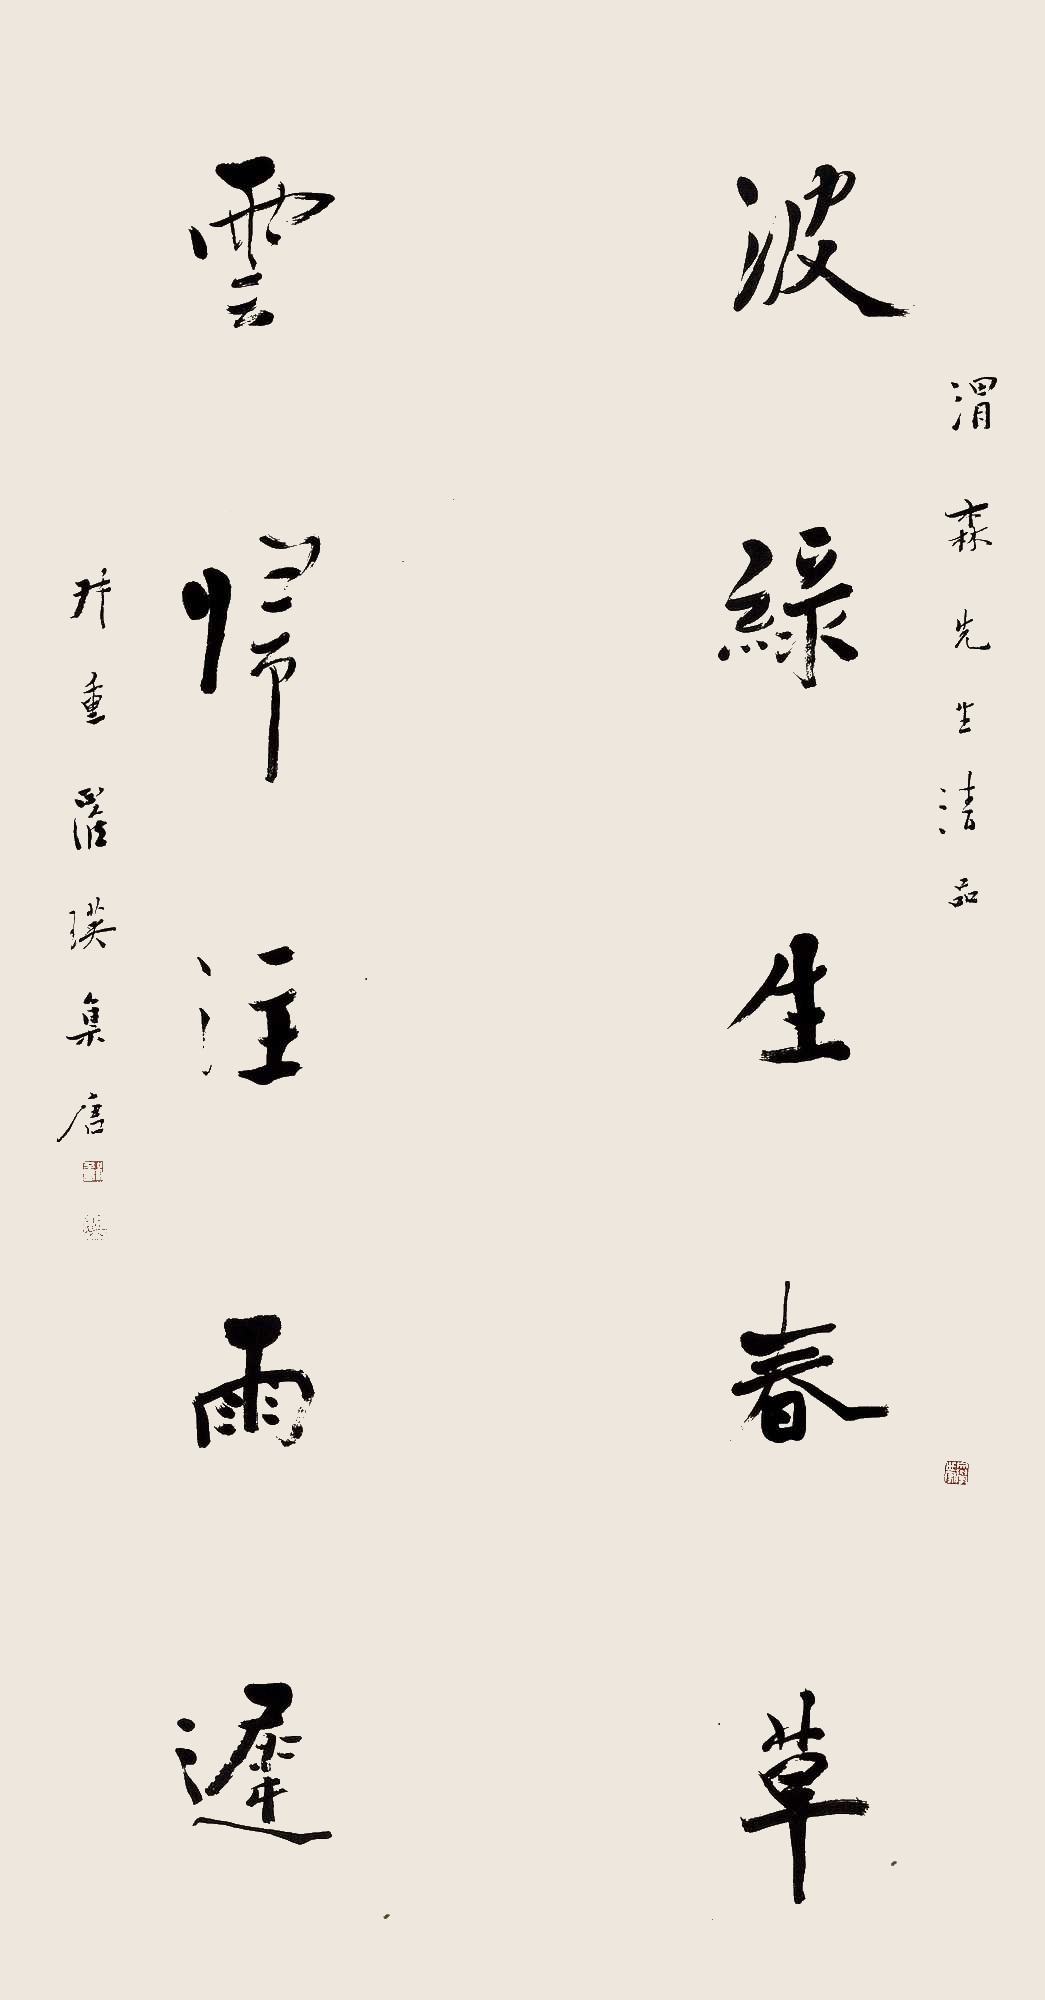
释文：渭森先生清品，波绿生春草，云归注雨迟。叔重罗瑛集唐。